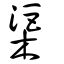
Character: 渠